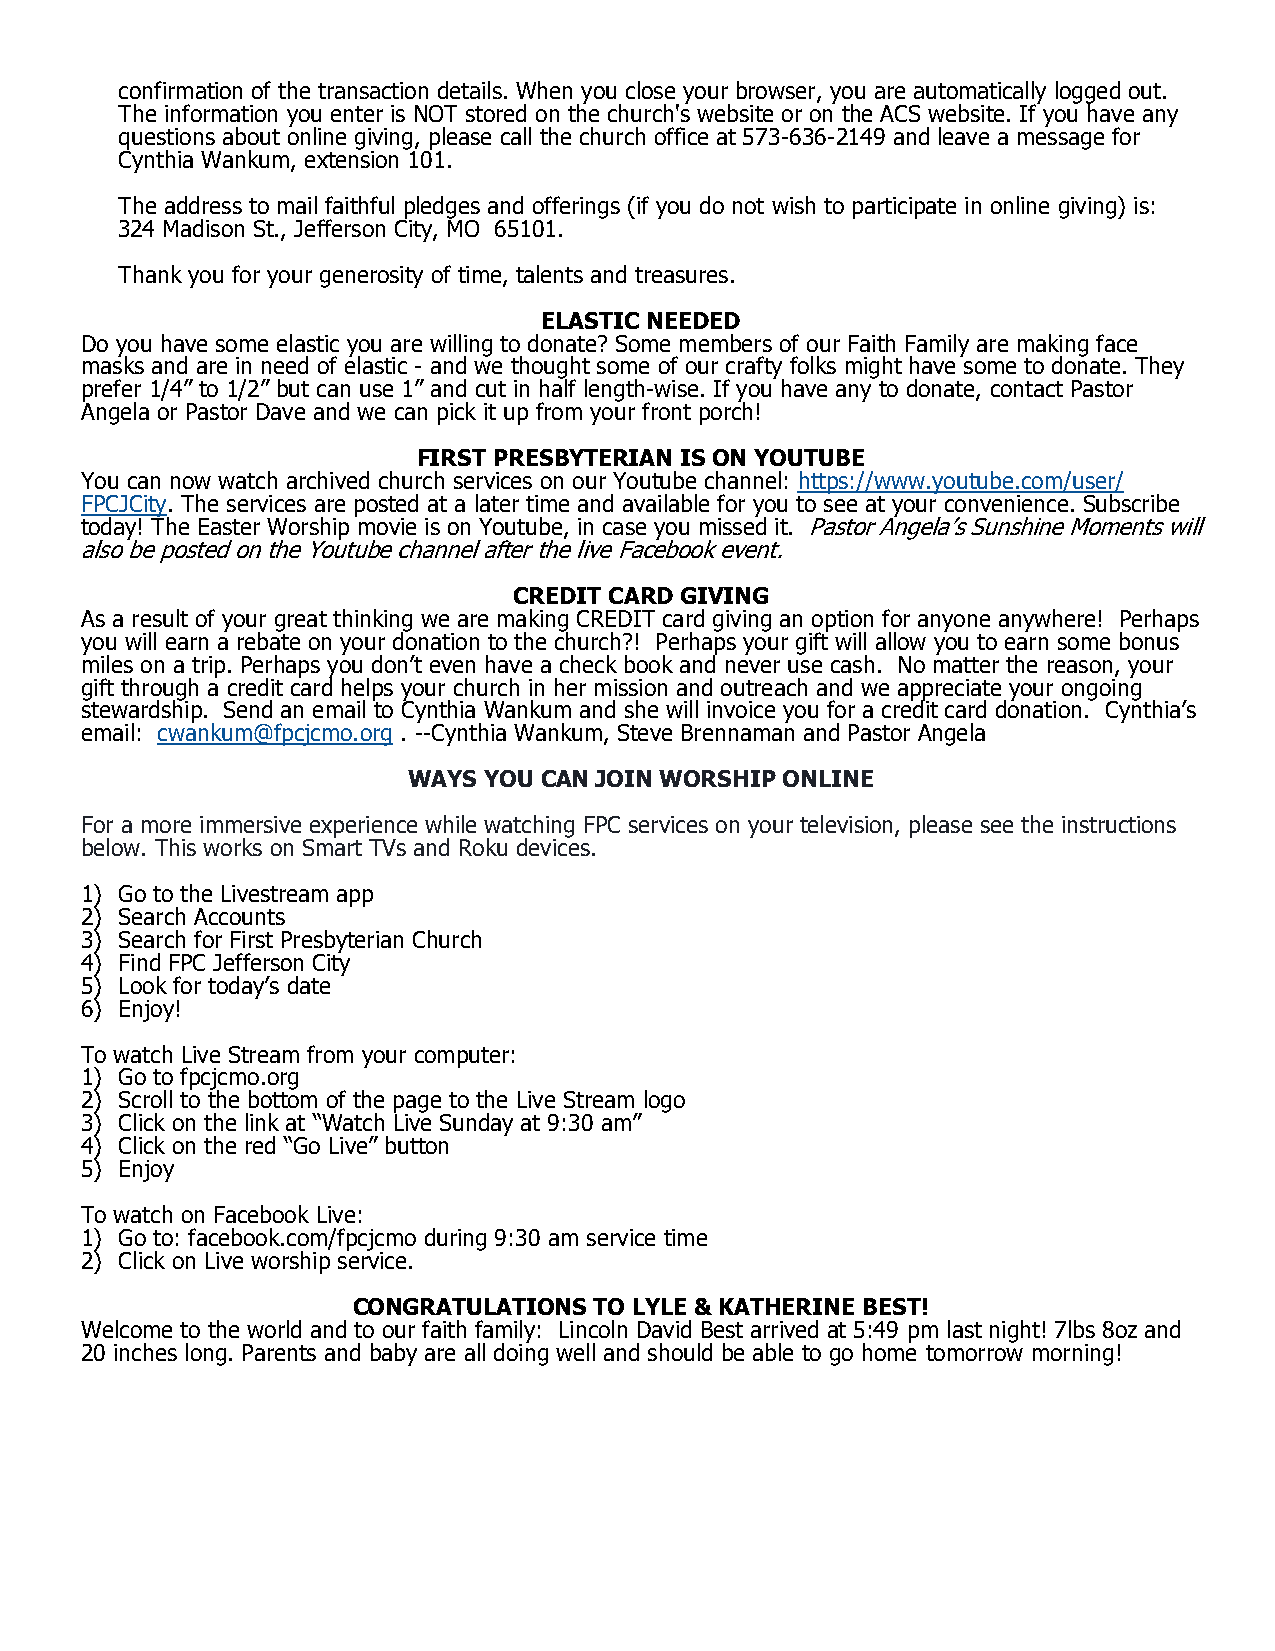
confirmation of the transaction details. When you close your browser, you are automatically logged out.
 The information you enter is NOT stored on the church's website or on the ACS website. If you have any
 -  -
 questions about online giving, please call the church office at 573 636 2149 and leave a message for
 Cynthia Wankum, extension 101.
 The address to mail faithful pledges and offerings (if you do not wish to participate in online giving) is:
 324 Madison St., Jefferson City, MO 65101.
 Thank you for your generosity of time, talents and treasures.
 ELASTIC NEEDED
 Do you have some elastic you are willing to donate? Some members of our Faith Family are making face
 -
 masks and are in need of elastic and we thought some of our crafty folks might have some to donate. They
 -
 prefer 1/4” to 1/2” but can use 1” and cut in half length wise. If you have any to donate, contact Pastor
 Angela or Pastor Dave and we can pick it up from your front porch!
 FIRST PRESBYTERIAN IS ON YOUTUBE
 You can now watch archived church services on our Youtube channel: https://www.youtube.com/user/
 FPCJCity. The services are posted at a later time and available for you to see at your convenience. Subscribe
 today! The Easter Worship movie is on Youtube, in case you missed it. Pastor Angela’s Sunshine Moments will
 also be posted on the Youtube channel after the live Facebook event.
 CREDIT CARD GIVING
 As a result of your great thinking we are making CREDIT card giving an option for anyone anywhere! Perhaps
 you will earn a rebate on your donation to the church?! Perhaps your gift will allow you to earn some bonus
 miles on a trip. Perhaps you don’t even have a check book and never use cash. No matter the reason, your
 gift through a credit card helps your church in her mission and outreach and we appreciate your ongoing
 stewardship. Send an email to Cynthia Wankum and she will invoice you for a credit card donation. Cynthia’s
 --
 email: cwankum@fpcjcmo.org . Cynthia Wankum, Steve Brennaman and Pastor Angela
 WAYS YOU CAN JOIN WORSHIP ONLINE
 For a more immersive experience while watching FPC services on your television, please see the instructions
 below. This works on Smart TVs and Roku devices.
 1) Go to the Livestream app
 2) Search Accounts
 3) Search for First Presbyterian Church
 4) Find FPC Jefferson City
 5) Look for today’s date
 6) Enjoy!
 To watch Live Stream from your computer:
 1) Go to fpcjcmo.org
 2) Scroll to the bottom of the page to the Live Stream logo
 3) Click on the link at “Watch Live Sunday at 9:30 am”
 4) Click on the red “Go Live” button
 5) Enjoy
 To watch on Facebook Live:
 1) Go to: facebook.com/fpcjcmo during 9:30 am service time
 2) Click on Live worship service.
 CONGRATULATIONS TO LYLE & KATHERINE BEST!
 Welcome to the world and to our faith family: Lincoln David Best arrived at 5:49 pm last night! 7lbs 8oz and
 20 inches long. Parents and baby are all doing well and should be able to go home tomorrow morning!